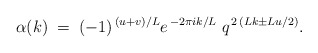
\begin{align*}\alpha (k) \; = \; (-1)^{\, (u+v)/L} e^{\, -2 \pi i k/L}\; q^{\, 2\, (L k \pm L u/2)} .\end{align*}